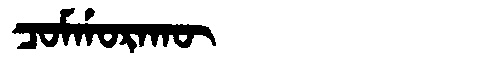
Manchu: ᠴᠣᠮᡤᠣᡵᠠᡴᡡ
Romanization: COMGORAKŪ